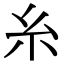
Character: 糸